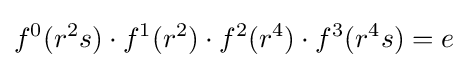
f^{0}(r^{2}s)\cdot f^{1}(r^{2})\cdot f^{2}(r^{4})\cdot f^{3}(r^{4}s)=e